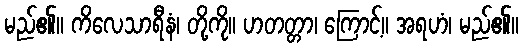
မည်၏။ ကိလေသာရီနံ၊ တို့ကို။ ဟတတ္တာ၊ ကြောင့်။ အရဟံ၊ မည်၏။